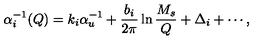
\alpha _ { i } ^ { - 1 } ( Q ) = k _ { i } \alpha _ { u } ^ { - 1 } + \frac { b _ { i } } { 2 \pi } \ln \frac { M _ { s } } { Q } + \Delta _ { i } + \cdots ,